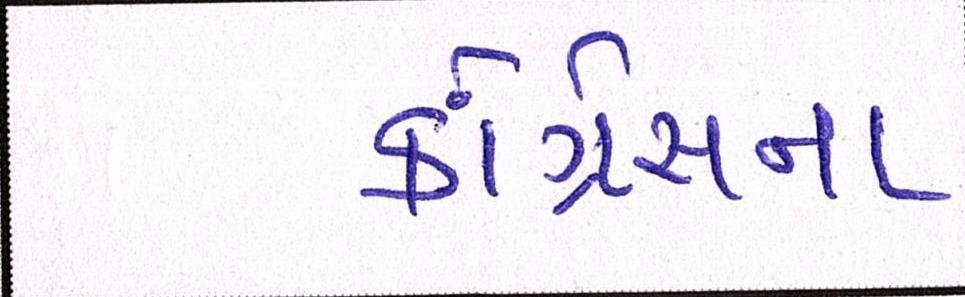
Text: કૉંગ્રેસના